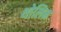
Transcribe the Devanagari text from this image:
थोलिन